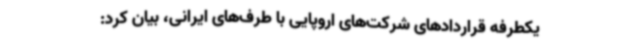
یکطرفه‌ قراردادهای شرکت‌های اروپایی با طرف‌های ایرانی، بیان کرد: